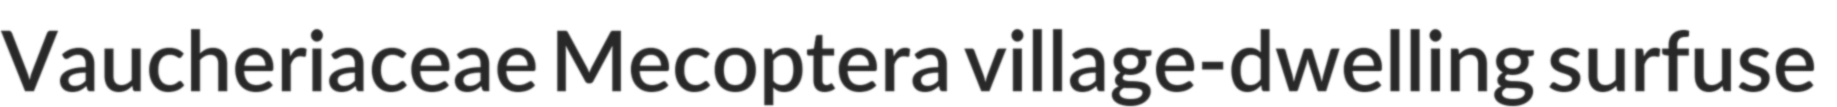
Vaucheriaceae Mecoptera village-dwelling surfuse